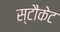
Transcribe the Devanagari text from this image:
स्टौकेट